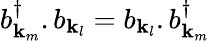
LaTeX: b_{\mathbf{k}_{m}}^{\dagger}.b_{\mathbf{k}_{l}}=b_{\mathbf{k}_{l}}.b_{\mathbf{k}_{m}}^{\dagger}